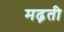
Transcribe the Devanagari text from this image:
मढ़ती